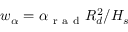
w _ { \alpha } = \alpha _ { \mathrm { ~ r ~ a ~ d ~ } } R _ { d } ^ { 2 } / H _ { s }